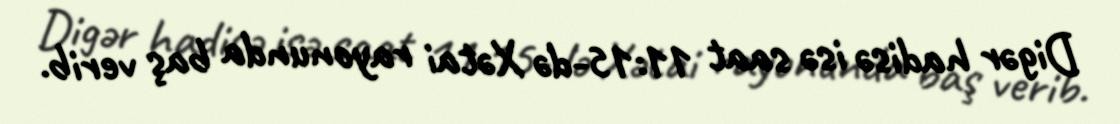
Digər hadisə isə saat 11:15-də Xətai rayonunda baş verib.